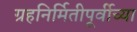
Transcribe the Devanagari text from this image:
ग्रहनिर्मितीपूर्वीच्या